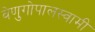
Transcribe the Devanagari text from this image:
वेणुगोपालस्‍वामी